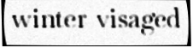
winter-visaged